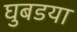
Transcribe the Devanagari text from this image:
घुबडया